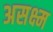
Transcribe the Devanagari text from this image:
असक्ष्म